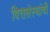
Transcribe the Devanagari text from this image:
वित्तसंस्थांची